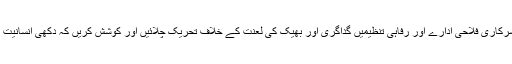
یہ ضرورت بہت شدت کے ساتھ محسوس کی جانی چاہئے کہ ملک کے تمام غیر سرکاری فلاحی ادارے اور رفاہی تنظیمیں گداگری اور بھیک کی لعنت کے خلاف تحریک چلائیں اور کوشش کریں کہ دکھی انسانیت کی مدد کے لئے دی جانے والی رقم دکھی انسانیت کی مدد کے لئے ہی استعمال ہو۔